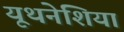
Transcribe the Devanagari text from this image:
यूथनेशिया